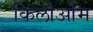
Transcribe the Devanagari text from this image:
किलोओम